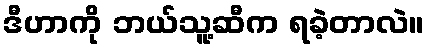
ဒီဟာကို ဘယ်သူ့ဆီက ရခဲ့တာလဲ။